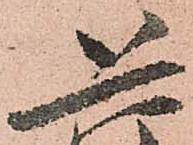
恐